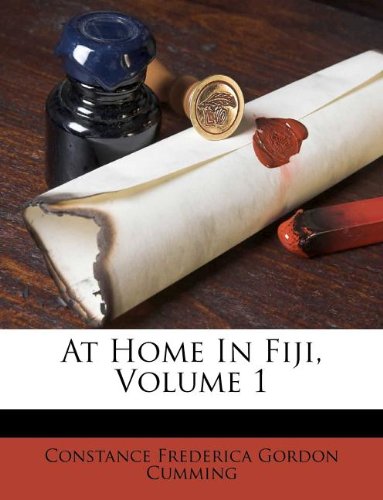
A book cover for At Home In Fiji, Volume 1 (Afrikaans Edition); History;